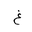
Letter: _gayn